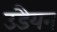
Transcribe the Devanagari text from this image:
उडैयन